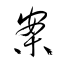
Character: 案